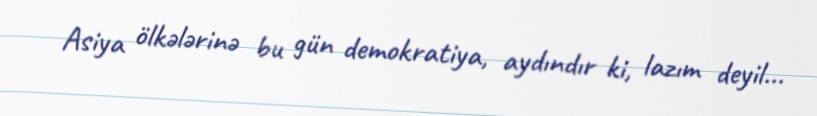
Asiya ölkələrinə bu gün demokratiya, aydındır ki, lazım deyil...